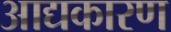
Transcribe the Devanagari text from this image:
आद्यकारण